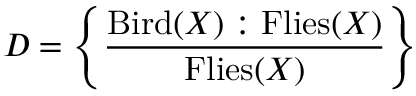
D = \left\{ { \frac { \mathrm { B i r d } ( X ) : \mathrm { F l i e s } ( X ) } { \mathrm { F l i e s } ( X ) } } \right\}